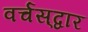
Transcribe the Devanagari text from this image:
वर्चस्‌द्वार